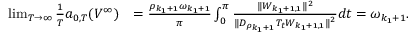
\begin{array} { r l } { \operatorname* { l i m } _ { T \to \infty } \frac { 1 } { T } a _ { 0 , T } ( V ^ { \infty } ) } & { = \frac { \rho _ { k _ { 1 } + 1 } \omega _ { k _ { 1 } + 1 } } { \pi } \int _ { 0 } ^ { \pi } \frac { \| W _ { k _ { 1 } + 1 , 1 } \| ^ { 2 } } { \| D _ { \rho _ { k _ { 1 } + 1 } } T _ { t } W _ { k _ { 1 } + 1 , 1 } \| ^ { 2 } } d t = \omega _ { k _ { 1 } + 1 } . } \end{array}